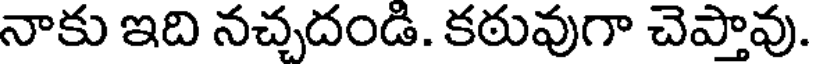
నాకు ఇది నచ్చదండి. కఠువుగా చెప్తావు.